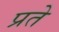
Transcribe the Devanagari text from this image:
प्रते